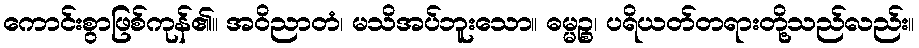
ကောင်းစွာဖြစ်ကုန်၏။ အဝိညာတံ၊ မသိအပ်ဘူးသော။ ဓမ္မဉ္စ၊ ပရိယတ်တရားတို့သည်လည်း။